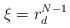
LaTeX: \begin{align*}\xi = r_{d}^{N-1} \end{align*}